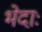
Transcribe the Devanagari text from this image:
भेदाः